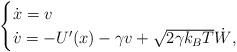
LaTeX: \begin{align*}\begin{cases}\dot{x}=v \\\dot{v}=-U'(x)-\gamma v+\sqrt{2\gamma k_{B}T} \dot{W}, \\\end{cases}\end{align*}